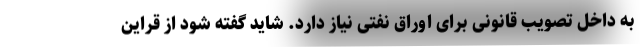
به داخل تصویب قانونی برای اوراق نفتی نیاز دارد. شاید گفته شود از قراین